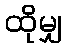
ထိုမျှ